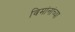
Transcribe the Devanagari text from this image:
विमांनांच्या